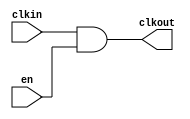
module oh_clockmux #(parameter N    = 1)    // number of clock inputs
   (
    input [N-1:0] en, // one hot enable vector (needs to be stable!)
    input [N-1:0] clkin,// one hot clock inputs (only one is active!) 
    output 	  clkout 
    );

`ifdef CFG_ASIC
    generate
       if((N==2))
	 begin : asic
	    asic_clockmux2 imux (.clkin(clkin[N-1:0]),
				 .en(en[N-1:0]),
				 .clkout(clkout));
	 end
       else if((N==4))
	 begin : asic
	    asic_clockmux4 imux (.clkin(clkin[N-1:0]),
				 .en(en[N-1:0]),
				 .clkout(clkout));
	 end
    endgenerate
`else // !`ifdef CFG_ASIC
       assign clkout = |(clkin[N-1:0] & en[N-1:0]);
`endif
       
endmodule